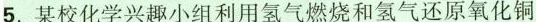
5.某校化学兴趣小组利用氢气燃烧和氢气还原氧化铜